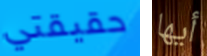
حقيقتي أيها